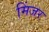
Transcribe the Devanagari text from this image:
मिंजर